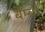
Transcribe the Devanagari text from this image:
बेम्बो